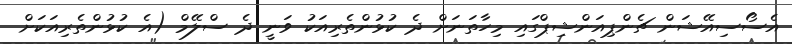
އެސޯސިއޭޝަން ޗެންޕިއަންޝިޕްގައި މިހާތަނަށް ދެ ކުޅުންތެރިއަކު ވަނީ ދެ ސްލޭމް (އެ ކުޅުންތެރިއަކަށް